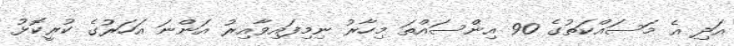
އަދި އެ މަސައްކަތުގެ 90 އިންސައްތަ މިހާރު ނިމިފައިވާއިރު އަންނަ އަހަރުގެ ކުރީކޮޅު